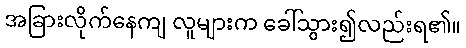
အခြားလိုက်နေကျ လူများက ခေါ်သွား၍လည်းရ၏။